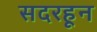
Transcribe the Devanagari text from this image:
सदरहून